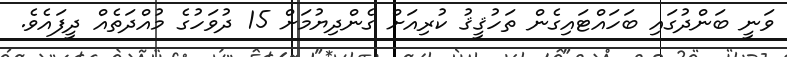
ވަނީ ބަންދުގައި ބަހައްޓައިގެން ތަހުޤީޤު ކުރިއަށް ގެންދިޔުމަށް 15 ދުވަހުގެ މުއްދަތެއް ދީފައެވެ.